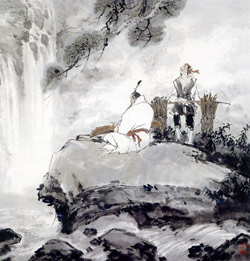
酌酒会临泉水，抱琴好倚长松。